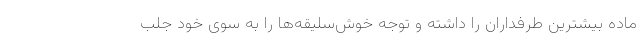
ماده بیشترین طرفداران را داشته و توجه خوش‌سلیقه‌ها را به سوی خود جلب